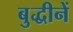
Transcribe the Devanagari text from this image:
बुद्धीनें